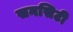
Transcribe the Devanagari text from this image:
सनसिटी